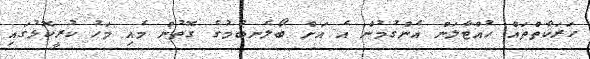
ހަރަކާތްތައް ހުއްޓާލަން އެންގުމުން އެ އަށް ބޯލެނބުމުގެ ގޮތުން މެއި މަހު ކުރީކޮޅުގައި